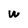
Character: w